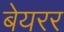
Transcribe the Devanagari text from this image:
बेयरर